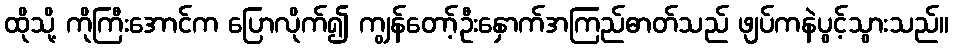
ထိုသို့ ကိုကြီးအောင်က ပြောလိုက်၍ ကျွန်တော့်ဦးနှောက်အကြည်ဓာတ်သည် ဖျပ်ကနဲပွင့်သွားသည်။